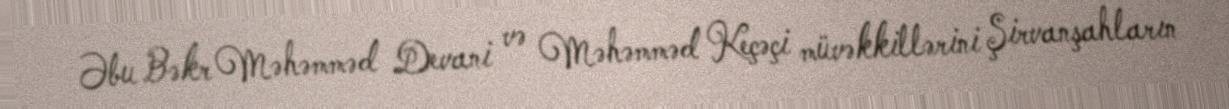
Əbu Bəkr Məhəmməd Devani və Məhəmməd Keçəçi müvəkkillərini Şirvanşahların